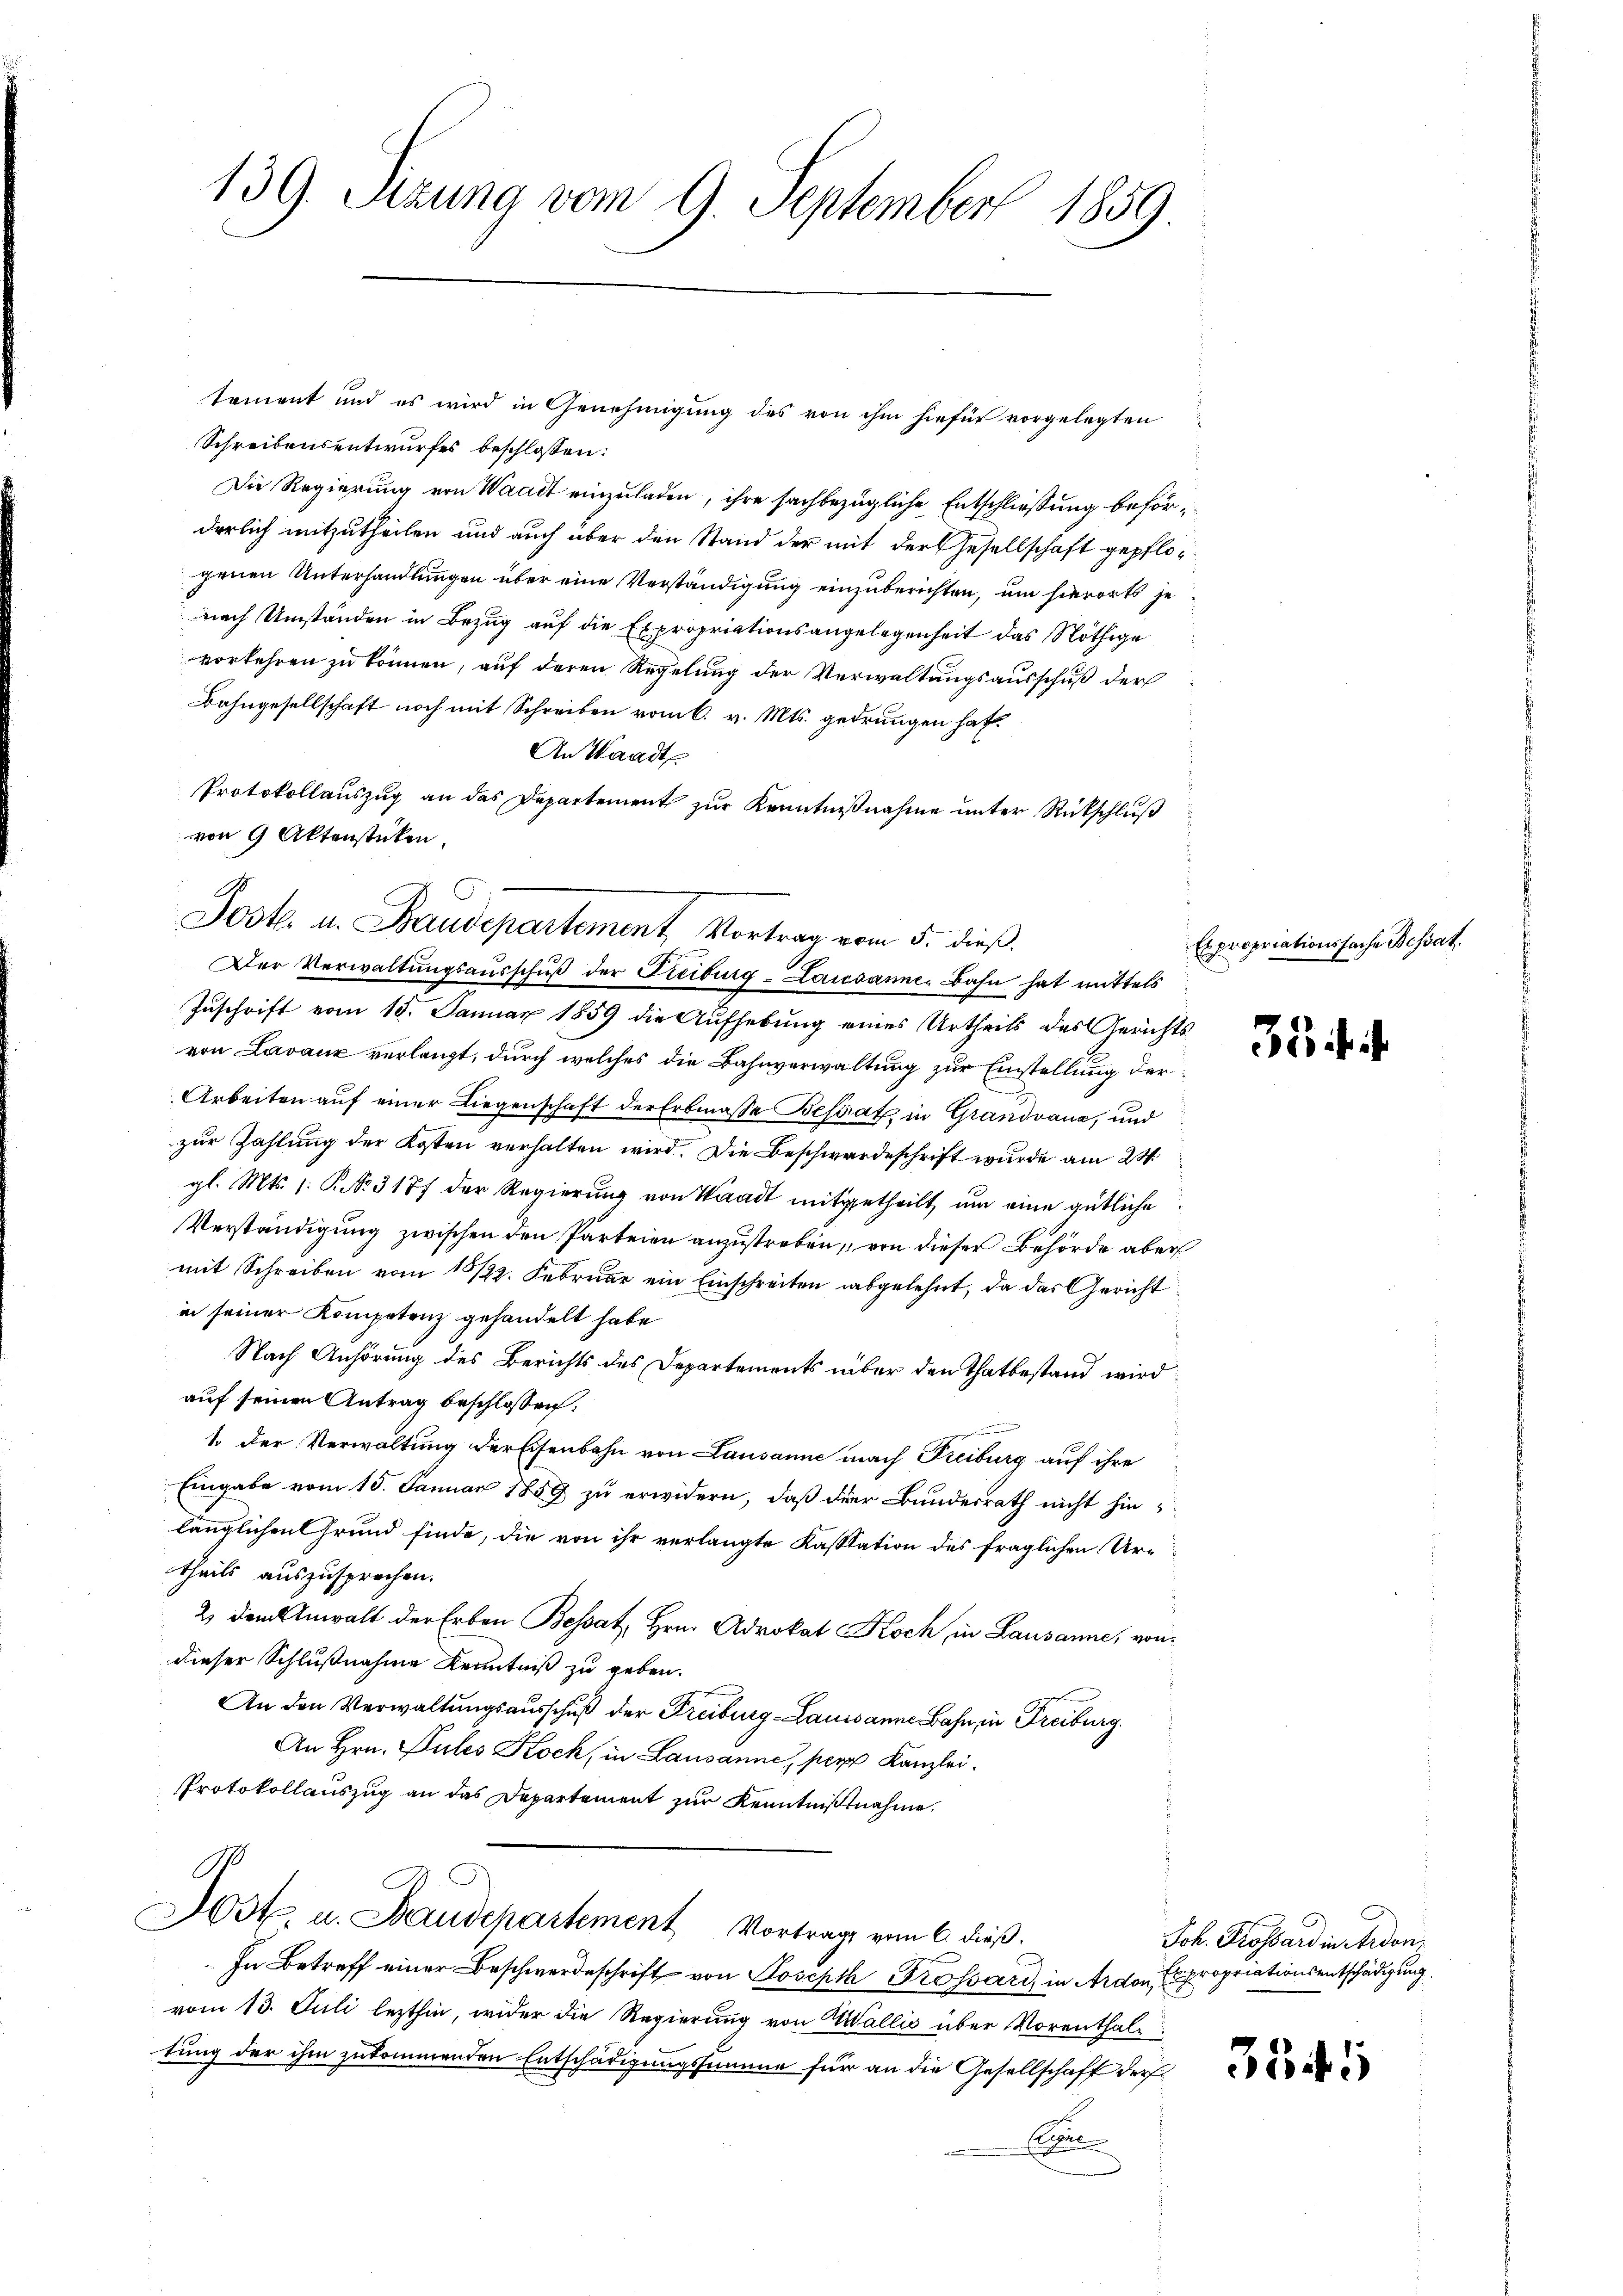
139. Sizung vom 9. September 1859

Schreibensentwurfes beschlossen:
Die Regierung von Waadt einzuladen, ihre sachbezügliche Entschließung beförderlich mitzutheilen und auch aber den Stand der mit der Gesellschaft gepflogenen Unterhandlungen über eine Verständigung einzuberichten, um hierorts je
nach Umständen in Bezug auf die Expropriationsangelegenheit das Nöthige
vorkehren zu können, auf deren Regelung der Verwaltungsausschuß der
Bahngesellschaft noch mit Schreiben vom 6. v. Mts. gedrungen hat.
An Waadt
Protokollauszug an das Departement zur Kenntnißnahme unter Rückschluß
von 9 Aktenstücken.

tement und es wird in Genehmigung des von ihm hiefür vorgelegten

A
Josk. u. Baudepartement Vortrag vom 5. dieß.
Der Verwaltungsausschuß der Freiburg-Lausannes Bahn hat mittels

A
Not. u. Baudepartement Vortrags vom 6. dieß.

Zuschrift vom 15. Januar 1859 die Aufhebung eines Urtheils das Gerichts
von Lavaux verlangt, durch welches die Bahnverwaltung zur Einstellung der¬
Arbeiten auf einer Liegenschaft der Erbmasse Bestat, in Grandvauz, und
zur Zahlung der Kosten verhalten wird. Die Beschwerdeschrift wurde am 24.
gl. Mts. 1. P. Nr. 3177 der Regierung von Waadt mitgetheilt, um eine gütliche
Verständigung zwischen den Parteien anzustreben, von dieser Behörde aber
mit Schreiben vom 15/22. Februar ein Einschreiten abgelehnt, da das Gericht
in seiner Kompetenz gehandelt habe
Nach Anhörung des Berichts des Departements über den Thatbestand wird
auf seinen Antrag beschlossen:
1. Der Verwaltung der Eisenbahn von Lausanne nach Freiburg auf ihre
Eingabe vom 15. Januar 1859 zu erwidern, daß der Bundesrath nicht hinlänglichen Grund finde, die von ihr verlangte Kassation des fraglichen Ur-
theils auszusprechen.
2) dem Anwalt der Erben Besat, Hrn. Advokat Koch, in Lausanne, von
dieser Schlußnahme Kenntniß zu geben.
An den Verwaltungsausschuß der Freiburg-Lausanne Bahn in Freiburg
An Hrn. Pules Koch, in Lausanne, per Kanzlei.
Protokollauszug an das Departement zur Kenntnißnahme.

In Betreff einer Beschwerdeschrift von Joseph Grossard, in Ardon Expropriationsentschädigung
vom 13. Juli lezthin, wider die Regierung von Wallis über Vorenthaltung der ihm zukommenden Entschädigungssumme für an die Gesellschaft der
Cre

Eragen

35 f. 4

itionssache Bessat

Joh. Grossard in werden,

354. 1